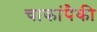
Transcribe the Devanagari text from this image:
चाकांपैकी